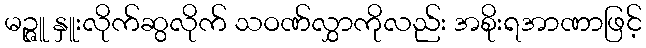
မဉ္ဇူ နှူးလိုက်ဆွလိုက် သဝဏ်လွှာကိုလည်း အစိုးရအာဏာဖြင့်